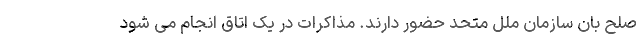
صلح بان سازمان ملل متحد حضور دارند. مذاکرات در یک اتاق انجام می شود